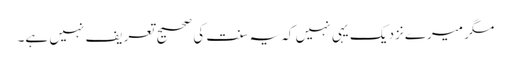
مگر میرے نزدیک یہی نہیں کہ یہ سنت کی صحیح تعریف نہیں ہے۔